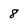
Character: 8